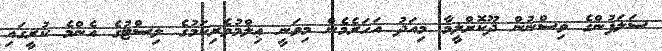
ސަލަފުންގެ ވިސްނުން ދޫކޮށްލީމާ މިއަދު އަހަރެމެން މިވަނީ ޢިލްމުވެރިކަމުގެ ލިސްޓުގެ އެންމެ ކުރީގައި